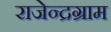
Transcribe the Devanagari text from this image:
राजेन्द्रग्राम